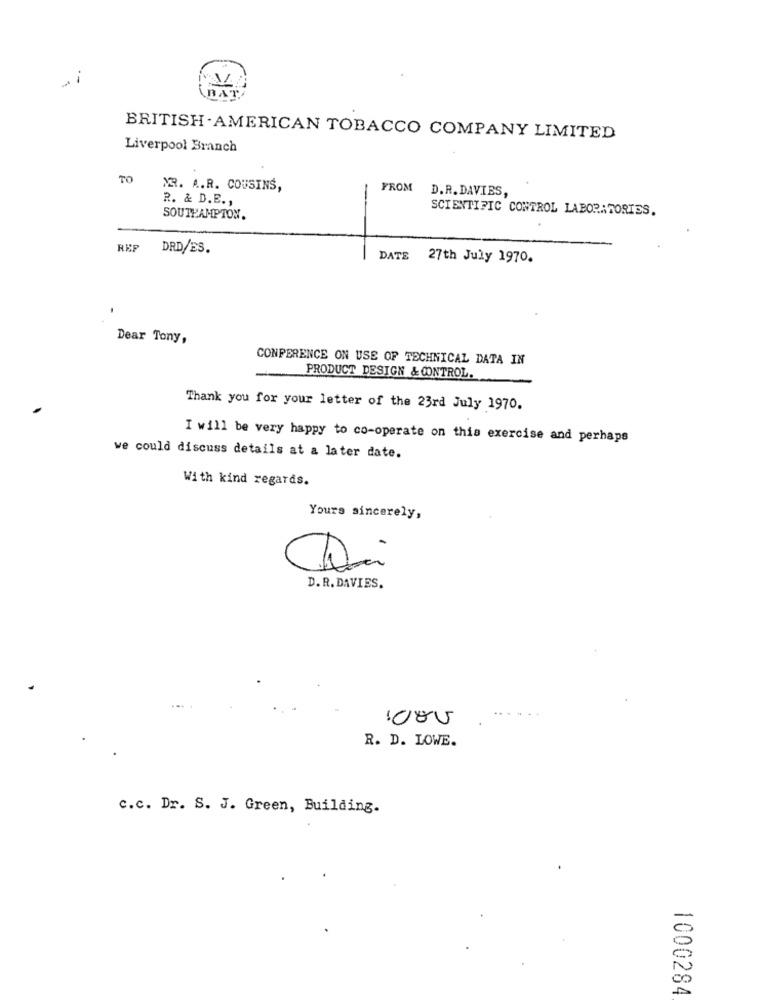
-.
BA
BRITISH - AMERICAN TOBACCO COMPANY LIMITED
Liverpool Branch
TO
MR. A.R. COUSINS,
FROM
D.R. DAVIES,
R. & D.E .,
SCIENTIFIC CONTROL LABORATORIES.
SOUTHAMPTON.
REP
DRD/ES.
DATE
27th July 1970.
Dear Tony,
CONFERENCE ON USE OF TECHNICAL DATA IN
PRODUCT DESIGN & CONTROL.
Thank you for your letter of the 23rd July 1970.
I will be very happy to co-operate on this exercise and perhaps
we could discuss details at a later date.
With kind regards.
Yours sincerely,
D. R. DAVIES.
1000
R. D. LOWE.
c.c. Dr. S. J. Green, Building.
1000284